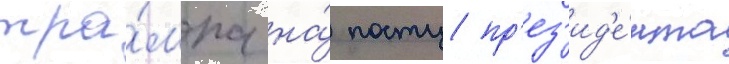
тра́мпа на́ посту пр'ез'ид'е́нта